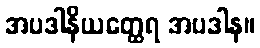
အပဒါနိယတ္ထေရ အပဒါန။